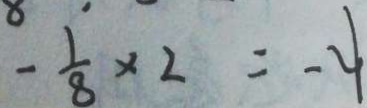
- \frac { 1 } { 8 } \times 2 = - 4